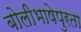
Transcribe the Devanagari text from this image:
बोलीभाषेपुरता